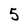
Character: 5